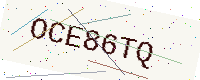
Text: OCE86TQ